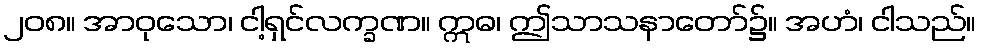
၂၀၈။ အာဝုသော၊ ငါ့ရှင်လက္ခဏ။ ဣဓ၊ ဤသာသနာတော်၌။ အဟံ၊ ငါသည်။